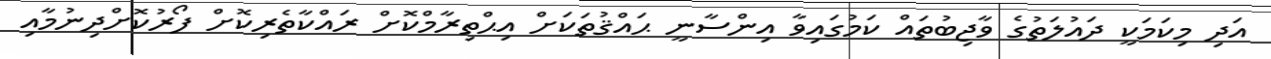
އަދި މިކަމަކީ ދައުލަތުގެ ވާޖިބުތައް ކަމުގައިވާ އިންސާނީ ޙައްޤުތަކަށް އިޙްތިރާމްކޮށް ރައްކާތެރިކޮށް ފޯރުކޮށްދިނުމާއި